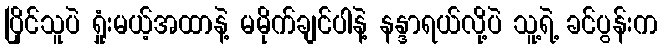
ပြိုင်သူပဲ ရှုံးမယ့်အထာနဲ့ မမိုက်ချင်ပါနဲ့ နန္ဒာရယ်လို့ပဲ သူ့ရဲ့ ခင်ပွန်းက